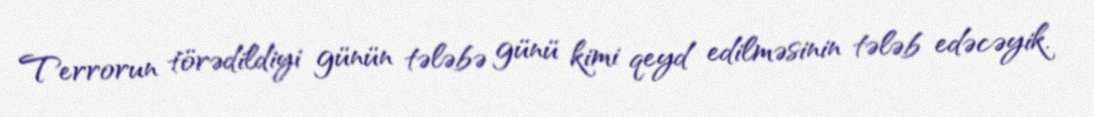
Terrorun törədildiyi günün tələbə günü kimi qeyd edilməsinin tələb edəcəyik.